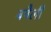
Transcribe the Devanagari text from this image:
बनैली